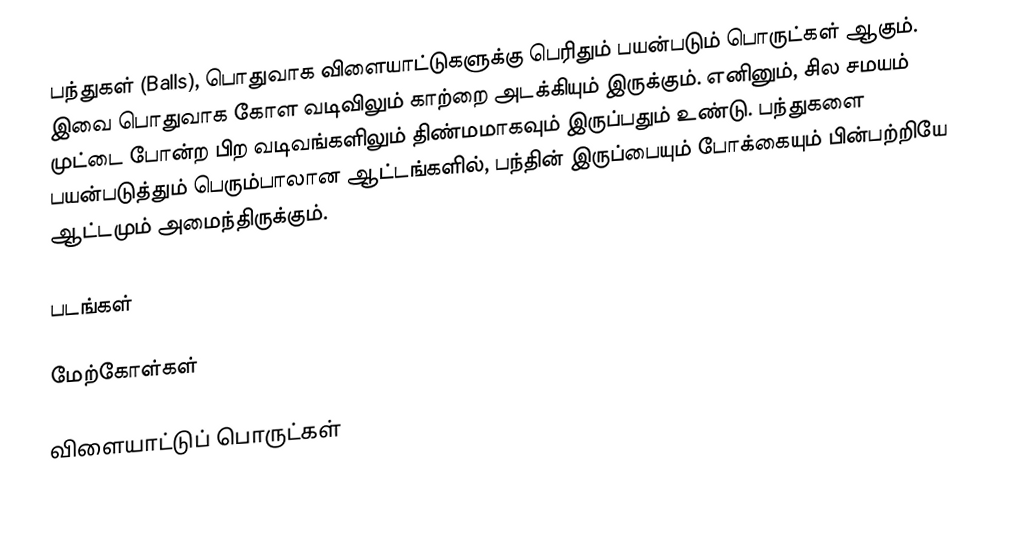
பந்துகள் (Balls), பொதுவாக விளையாட்டுகளுக்கு பெரிதும் பயன்படும் பொருட்கள் ஆகும். இவை பொதுவாக கோள வடிவிலும் காற்றை அடக்கியும் இருக்கும். எனினும், சில சமயம் முட்டை போன்ற பிற வடிவங்களிலும் திண்மமாகவும் இருப்பதும் உண்டு. பந்துகளை பயன்படுத்தும் பெரும்பாலான ஆட்டங்களில், பந்தின் இருப்பையும் போக்கையும் பின்பற்றியே ஆட்டமும் அமைந்திருக்கும்.

படங்கள்

மேற்கோள்கள்

விளையாட்டுப் பொருட்கள்